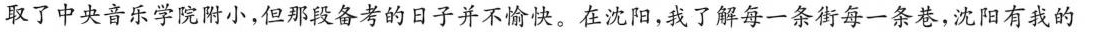
取了中央音乐学院附小，但那段备考的日子并不愉快。在沈阳，我了解每一条街每一条巷，沈阳有我的